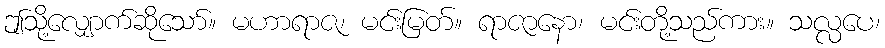
ဤသို့လျှောက်ဆိုသော်။ မဟာရာဇ၊ မင်းမြတ်။ ရာဇာနော၊ မင်းတို့သည်ကား။ သလ္လပေ၊